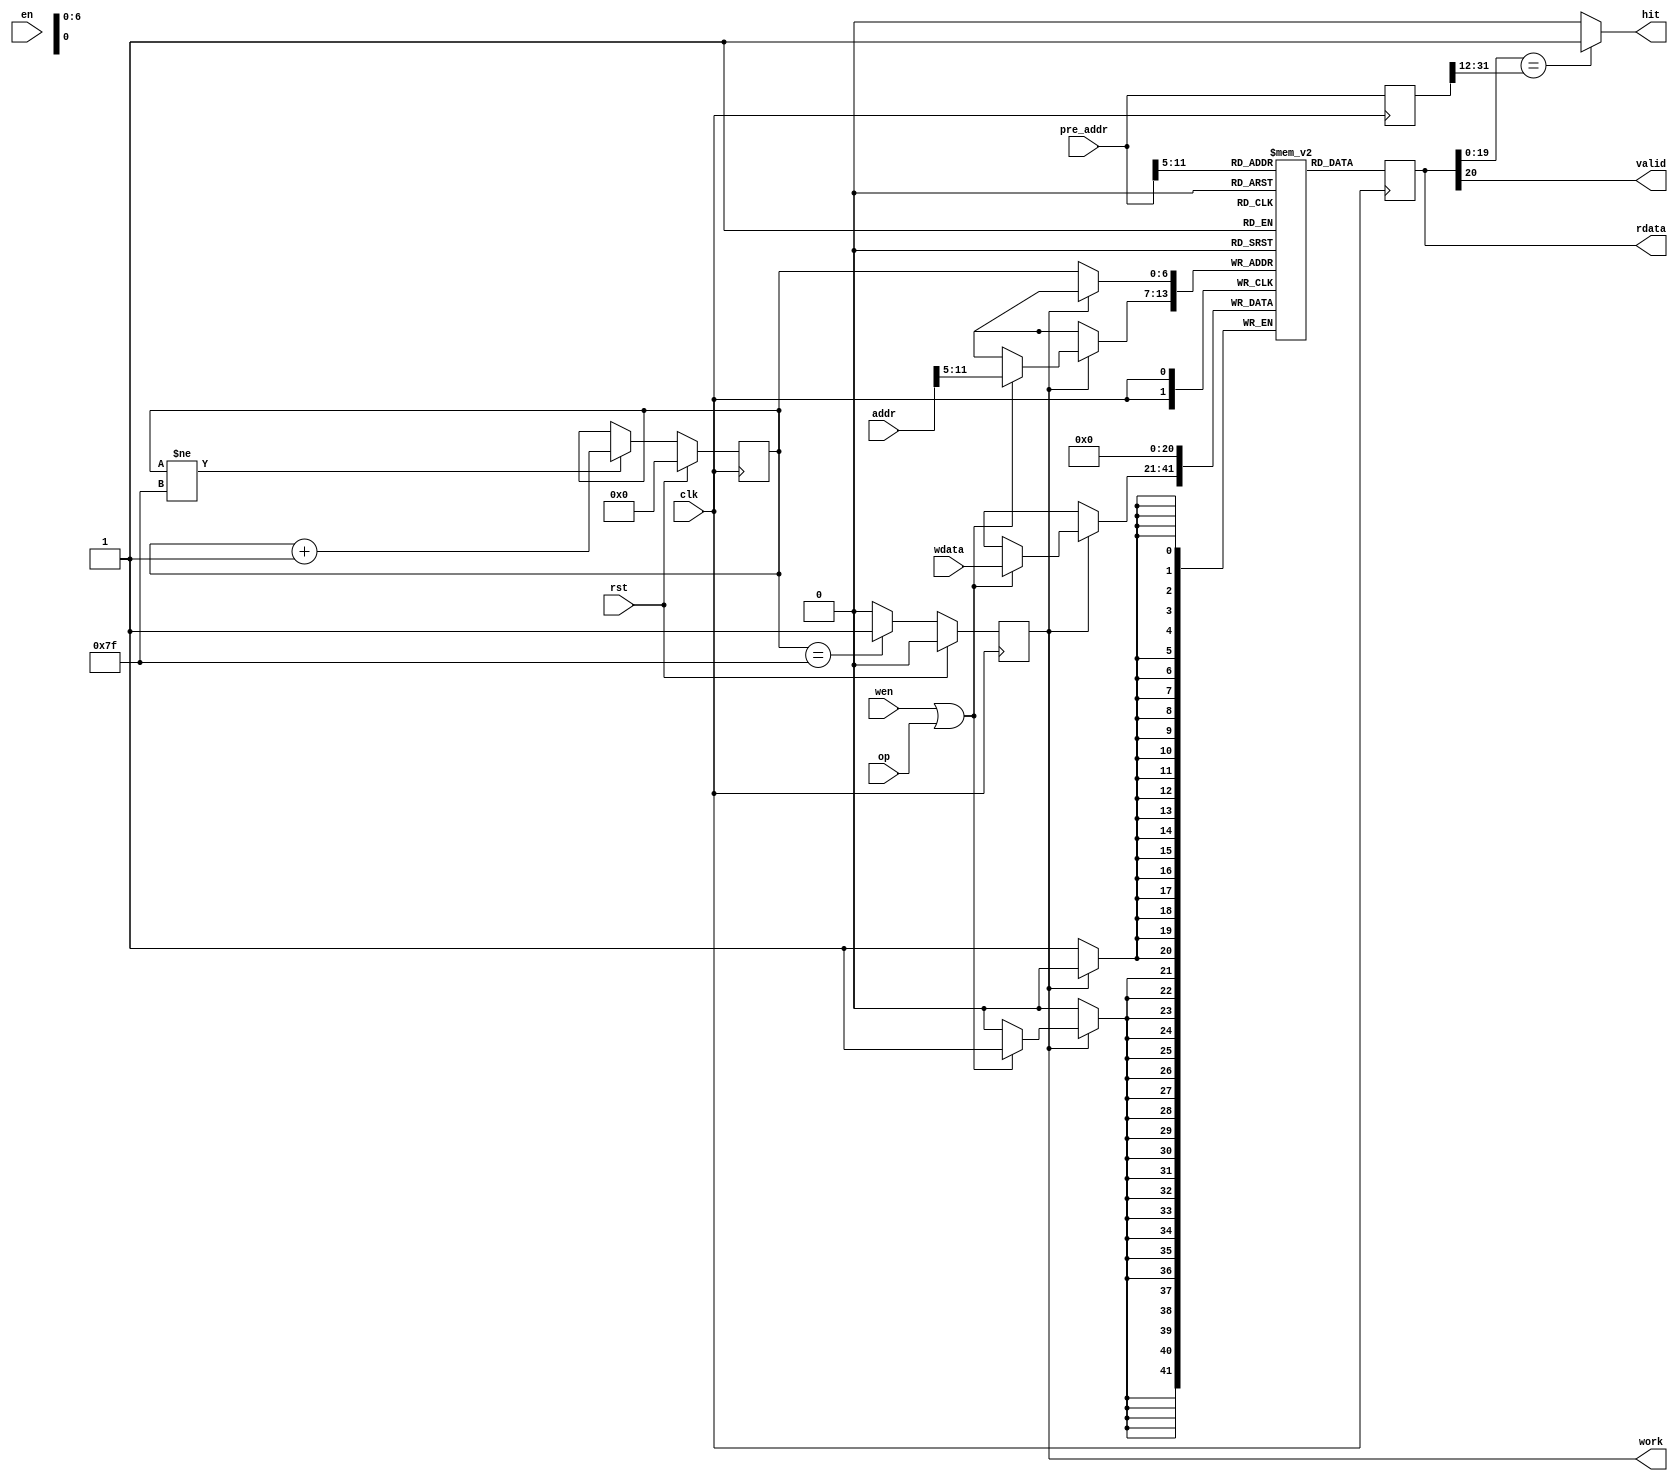
`timescale 1ns / 1ps
module icache_tag_pre
(
    input         clk,
    input         rst,
    input         en,
    input    [3:0] wen,
    input   [20:0] wdata,
    output  [20:0] rdata,

    input   [31:0] addr,        //input desired address to check whether hit
    output         hit,         //whether hit?
    output         valid,
    output         work,
    input   [31:0] pre_addr,
    input          op
);

reg [31:0] addr_reg;
always @(posedge clk)
	begin
		if(rst)
		begin
			addr_reg <= 32'b0;
		end
		else
		begin
			addr_reg <= addr;
		end
	end

assign valid = rdata[20];

reg [6:0] reset_counter;
wire work_state;
reg work_reg;
always @(posedge clk)
begin
    if(rst)
    begin
        reset_counter <= 7'd0;
    end
    else if(reset_counter != 7'd127)
    begin
        reset_counter <= reset_counter + 7'd1;
    end
end
assign work_state = (reset_counter == 7'd127) ? 1'b1 : 1'b0;
always @(posedge clk)
begin
    if(rst)
    begin
        work_reg <= 1'd0;
    end
    else
    begin
        work_reg <= work_state;
    end
end
assign work = work_reg;
// assign work = 1'b1;

reg [20:0] tag_ram [127:0];
reg [20:0] tag_reg;

integer i;
initial begin
for (i=0;i<128;i=i+1) tag_ram[i] <= 21'd0;
end

always @(posedge clk)
begin
    if (!work) tag_ram[reset_counter] <= 21'b0;
    else if (wen || op) tag_ram[addr[11:5]] <= wdata;
end

wire [20:0] tag_out = tag_ram[pre_addr[11:5]];
always @(posedge clk) tag_reg <= tag_out;
assign rdata = tag_reg;

reg [31:0] prefetch_addr_reg;
always @(posedge clk) prefetch_addr_reg <= pre_addr;

//reg hit_reg;
//always @(posedge clk) hit_reg <= tag_out[19:0] == pre_addr[31:12];
//assign hit = hit_reg;
assign hit =  (tag_reg[19:0] == prefetch_addr_reg[31:12]) ? 1'b1 :1'b0;

endmodule